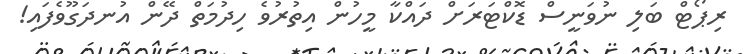
ރިޕޯޓް ބަލި ނުވަނީސް ޑޮކްޓަރަށް ދައްކާ މީހުން އިތުރުވެ ހިދުމަތް ދޭން އުނދަގޫވެފައި!